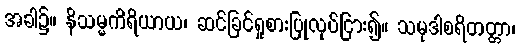
အခါ၌။ နိသမ္မကိရိယာယ၊ ဆင်ခြင်ရှုစားပြုလုပ်ငြား၍။ သမုဒါစရိတတ္တာ၊